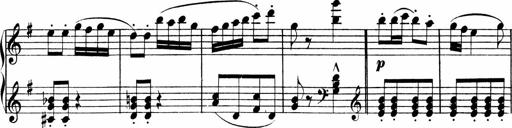
Title: 3 Sonatinen
Composer: Heinrich Lichner